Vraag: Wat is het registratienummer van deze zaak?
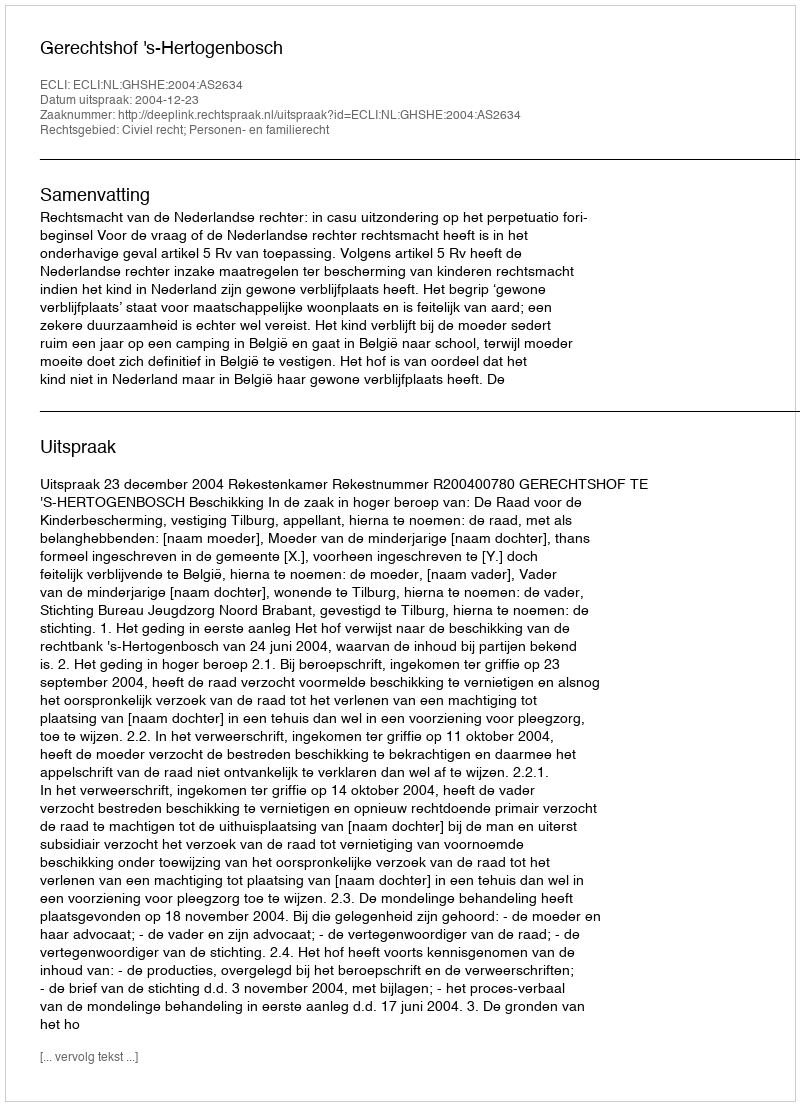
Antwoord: http://deeplink.rechtspraak.nl/uitspraak?id=ECLI:NL:GHSHE:2004:AS2634